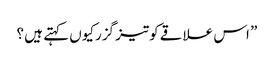
” اس علاقے کوتیز گزرکیوں کہتے ہیں ؟